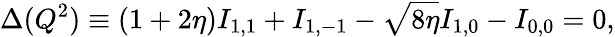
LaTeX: \Delta(Q^{2})\equiv(1+2\eta)I_{1,1}+I_{1,-1}-\sqrt{8\eta}I_{1,0}-I_{0,0}=0,